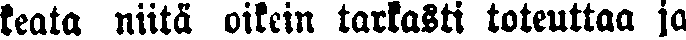
keata niitä oikein tarkasti toteuttaa ja